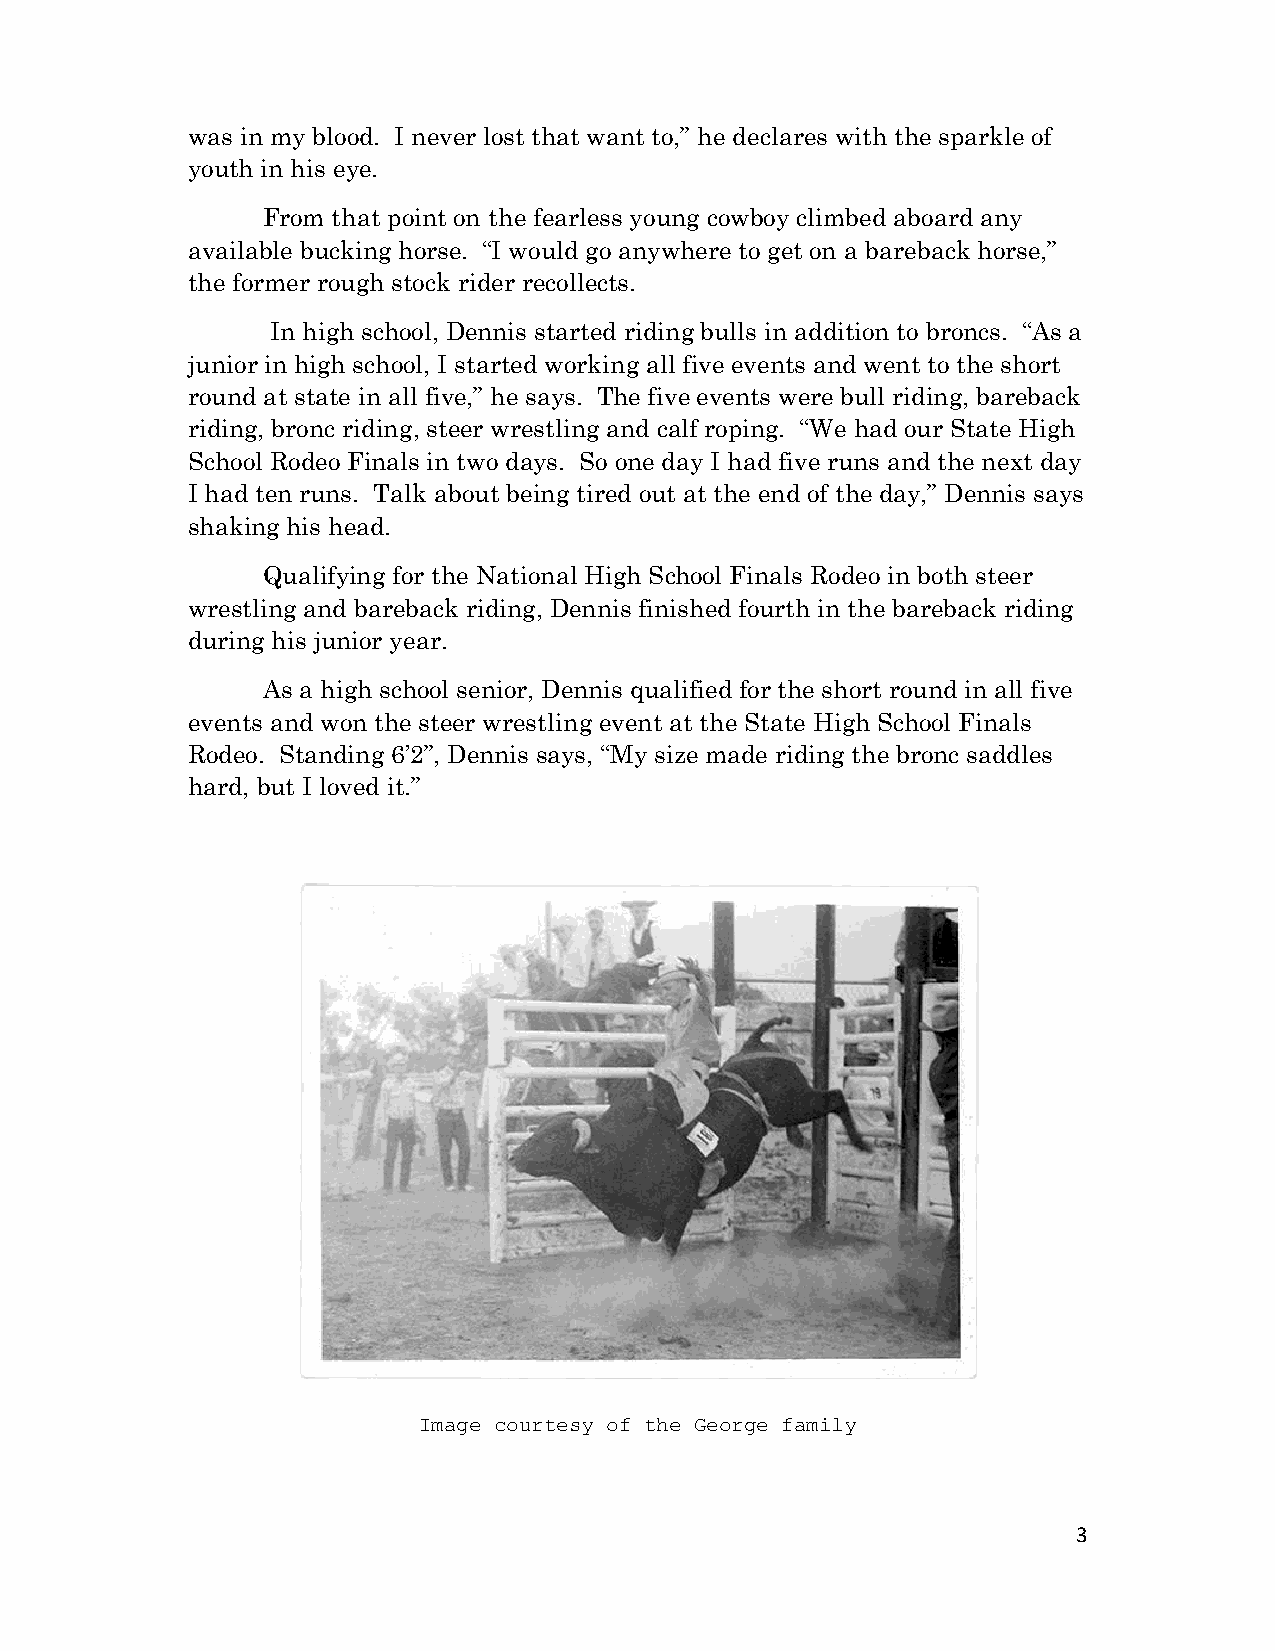
was in my blood. I never lost that want to,” he declares with the sparkle of
 youth in his eye.
 From that point on the fearless young cowboy climbed aboard any
 available bucking horse. “I would go anywhere to get on a bareback horse,”
 the former rough stock rider recollects.
 In high school, Dennis started riding bulls in addition to broncs. “As a
 junior in high school, I started working all five events and went to the short
 round at state in all five,” he says. The five events were bull riding, bareback
 riding, bronc riding, steer wrestling and calf roping. “We had our State High
 School Rodeo Finals in two days. So one day I had five runs and the next day
 I had ten runs. Talk about being tired out at the end of the day,” Dennis says
 shaking his head.
 Qualifying for the National High School Finals Rodeo in both steer
 wrestling and bareback riding, Dennis finished fourth in the bareback riding
 during his junior year.
 As a high school senior, Dennis qualified for the short round in all five
 events and won the steer wrestling event at the State High School Finals
 Rodeo. Standing 6’2”, Dennis says, “My size made riding the bronc saddles
 hard, but I loved it.”
 Image courtesy of the George family
 3